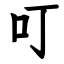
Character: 叮